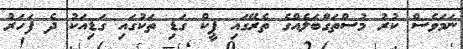
ނަމަވެސް ކުރު މުސްތަގްބަލެއްގެ ތެރޭގައި ޕީކް ގަޑި ތަކުގައި ގަޑިއަކު ދެ ފަހަރު